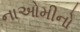
નાઓમીનો